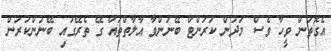
އެގޮތުން ވީހާ ވެސް މަދުން ކަރަންޓް ބޭނުންވާ އާލާތްތައް ގޭ ތެރޭގައި ބޭނުންކުރަން